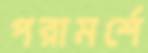
পরামর্শে